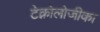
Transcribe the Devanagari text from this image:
टेक्नोलोजीका